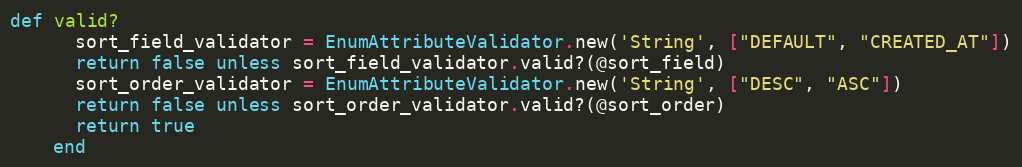
Language: Ruby
def valid?
      sort_field_validator = EnumAttributeValidator.new('String', ["DEFAULT", "CREATED_AT"])
      return false unless sort_field_validator.valid?(@sort_field)
      sort_order_validator = EnumAttributeValidator.new('String', ["DESC", "ASC"])
      return false unless sort_order_validator.valid?(@sort_order)
      return true
    end